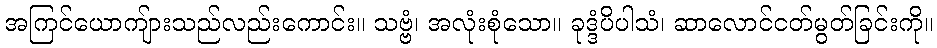
အကြင်ယောကျ်ားသည်လည်းကောင်း။ သဗ္ဗံ၊ အလုံးစုံသော။ ခုဒ္ဒံပိပါသံ၊ ဆာလောင်ငတ်မွတ်ခြင်းကို။